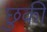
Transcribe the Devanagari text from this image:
छुकी